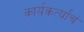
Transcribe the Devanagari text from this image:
कार्यकर्त्यांचं